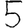
Digit: 5